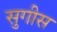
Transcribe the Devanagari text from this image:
सुगीस